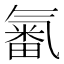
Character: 𣱫